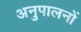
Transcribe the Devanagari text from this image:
अनुपालनों